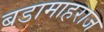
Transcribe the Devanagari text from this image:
बडामाहराज